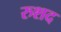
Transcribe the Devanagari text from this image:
रुशद